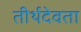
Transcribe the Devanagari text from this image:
तीर्थदेवता